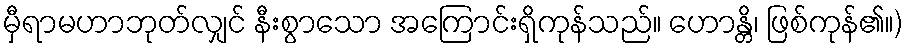
မှီရာမဟာဘုတ်လျှင် နီးစွာသော အကြောင်းရှိကုန်သည်။ ဟောန္တိ၊ ဖြစ်ကုန်၏။)